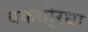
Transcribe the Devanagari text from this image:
चकधो्रधा